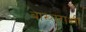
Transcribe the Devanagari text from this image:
बाख्तराशी